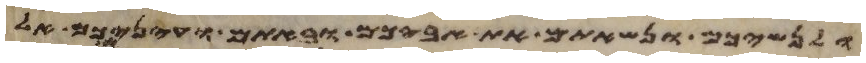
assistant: ולנשיכם ונשאתם את אביכם ובאתם ועיניכם אל